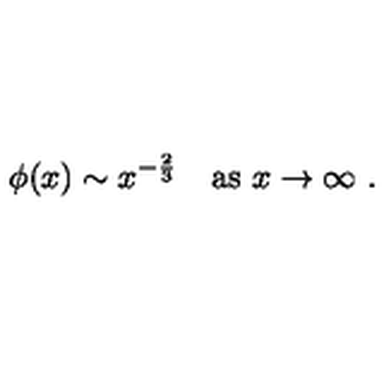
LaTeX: \phi ( x ) \sim x ^ { - { \frac { 2 } { 3 } } } \quad \mathrm { a s } \ x \rightarrow \infty \ .